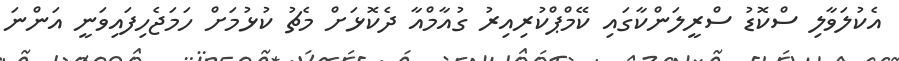
އެކުލަވާލި ސްކޮޑު ސްރީލަންކާގައި ކޭމްޕްކުރިއިރު ގުއާމްއާ ދެކޮޅަށް މެޗު ކުޅުމަށް ހަމަޖެހިފައިވަނީ އަންނަ